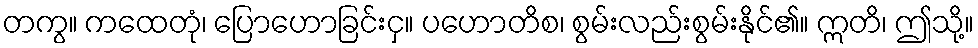
တကွ။ ကထေတုံ၊ ပြောဟောခြင်းငှ။ ပဟောတိစ၊ စွမ်းလည်းစွမ်းနိုင်၏။ ဣတိ၊ ဤသို့။